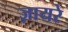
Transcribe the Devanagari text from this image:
ज़ायरे